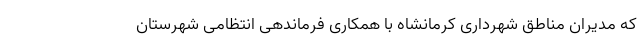
که مدیران مناطق شهرداری کرمانشاه با همکاری فرماندهی انتظامی شهرستان